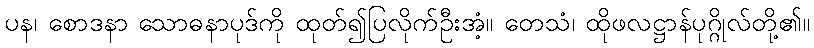
ပန၊ စောဒနာ သောဓနာပုဒ်ကို ထုတ်၍ပြလိုက်ဦးအံ့။ တေသံ၊ ထိုဖလဋ္ဌာန်ပုဂ္ဂိုလ်တို့၏။